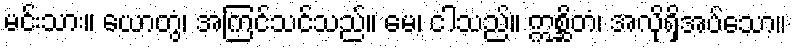
မင်းသား။ ယောတွံ၊ အကြင်သင်သည်။ မေ၊ ငါသည်။ ဣစ္ဆိတံ၊ အလိုရှိအပ်သော။